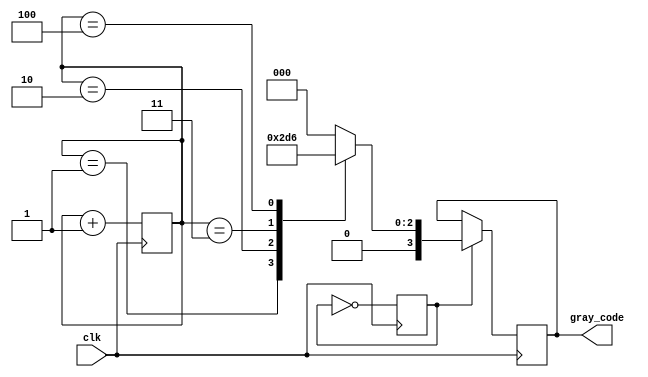
module gray_counter_clock_divider (
    input wire clk,
    output wire [N-1:0] gray_code
);

parameter N = 4; // Number of bits in Gray code sequence

reg [N-1:0] counter;
reg [N-1:0] gray_code_internal;
reg sync_flag;
reg [N-1:0] sync_gray_code;

always @ (posedge clk) begin
    if (counter == N'd0) begin
        counter <= counter + 1;
        gray_code_internal <= gray_code_internal + 1;
    end else begin
        counter <= counter + 1;
    end
end

always @ (*) begin
    case (counter)
        4'd0: sync_gray_code = 4'd0;
        4'd1: sync_gray_code = 4'd1;
        4'd2: sync_gray_code = 4'd3;
        4'd3: sync_gray_code = 4'd2;
        4'd4: sync_gray_code = 4'd6;
        // Other cases for longer Gray code sequence
        default: sync_gray_code = 4'd0;
    endcase
end

always @ (posedge clk) begin
    if (sync_flag) begin
        gray_code <= sync_gray_code;
    end
    sync_flag <= ~sync_flag;
end

endmodule